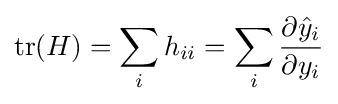
\operatorname {tr} (H)=\sum _{i}h_{ii}=\sum _{i}{\frac {\partial {\hat {y}}_{i}}{\partial y_{i}}}